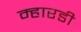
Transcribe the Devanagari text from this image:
म्हारडी